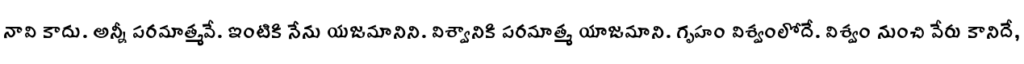
నావి కాదు. అన్నీ పరమాత్మవే. ఇంటికి నేను యజమానిని. విశ్వానికి పరమాత్మ యాజమాని. గృహం విశ్వంలోదే. విశ్వం నుంచి వేరు కానిదే,